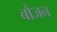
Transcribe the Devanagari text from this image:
बोजन